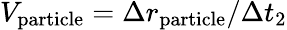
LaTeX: V_{\mathrm{particle}}=\Delta r_{\mathrm{particle}}/\Delta t_{2}